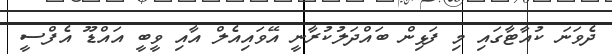
ދެވަނަ ކުއާޓާގައި މި ފަޅިން ބައްދަލުކުރާނީ އޭވައިއެލް އާއި ވީބީ އައްޑޫ އެފްސީ